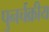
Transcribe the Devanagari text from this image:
पुनर्चक्रीय